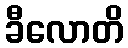
ခီလောတိ